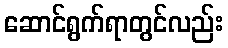
ဆောင်ရွက်ရာတွင်လည်း